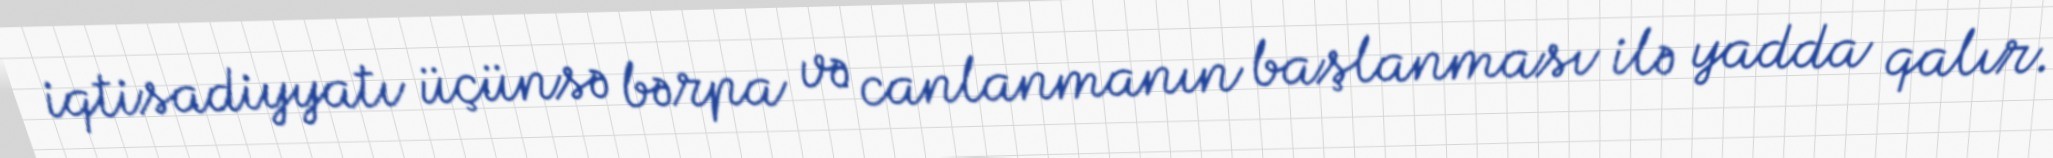
iqtisadiyyatı üçünsə bərpa və canlanmanın başlanması ilə yadda qalır.